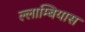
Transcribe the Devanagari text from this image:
ल्लाम्बियास